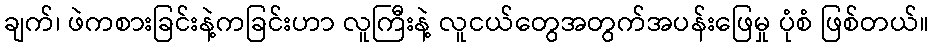
ချက်၊ ဖဲကစားခြင်းနဲ့ကခြင်းဟာ လူကြီးနဲ့ လူငယ်တွေအတွက်အပန်းဖြေမှု ပုံစံ ဖြစ်တယ်။